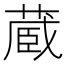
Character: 蔵